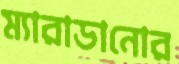
ম্যারাডানোর